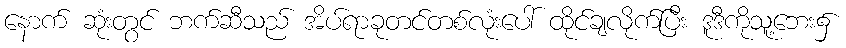
နောက် ဆုံးတွင် ဘက်ဆီသည် အိပ်ရာခုတင်တစ်လုံးပေါ် ထိုင်ချလိုက်ပြီး ဒူဒီကိုသူ့ဘေး၌